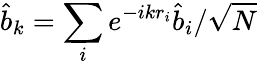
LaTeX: \hat{b}_{k}=\sum_{i}e^{-ikr_{i}}\hat{b}_{i}/\sqrt{N}